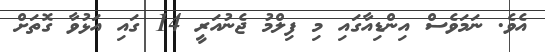
އެވެ. ނަމަވެސް އިންޑިއާގައި މި ފިލްމު ޖެނުއަރީ 14 ގައި އަޅުވާ ގޮތަށް